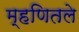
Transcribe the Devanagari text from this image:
म्हणितले